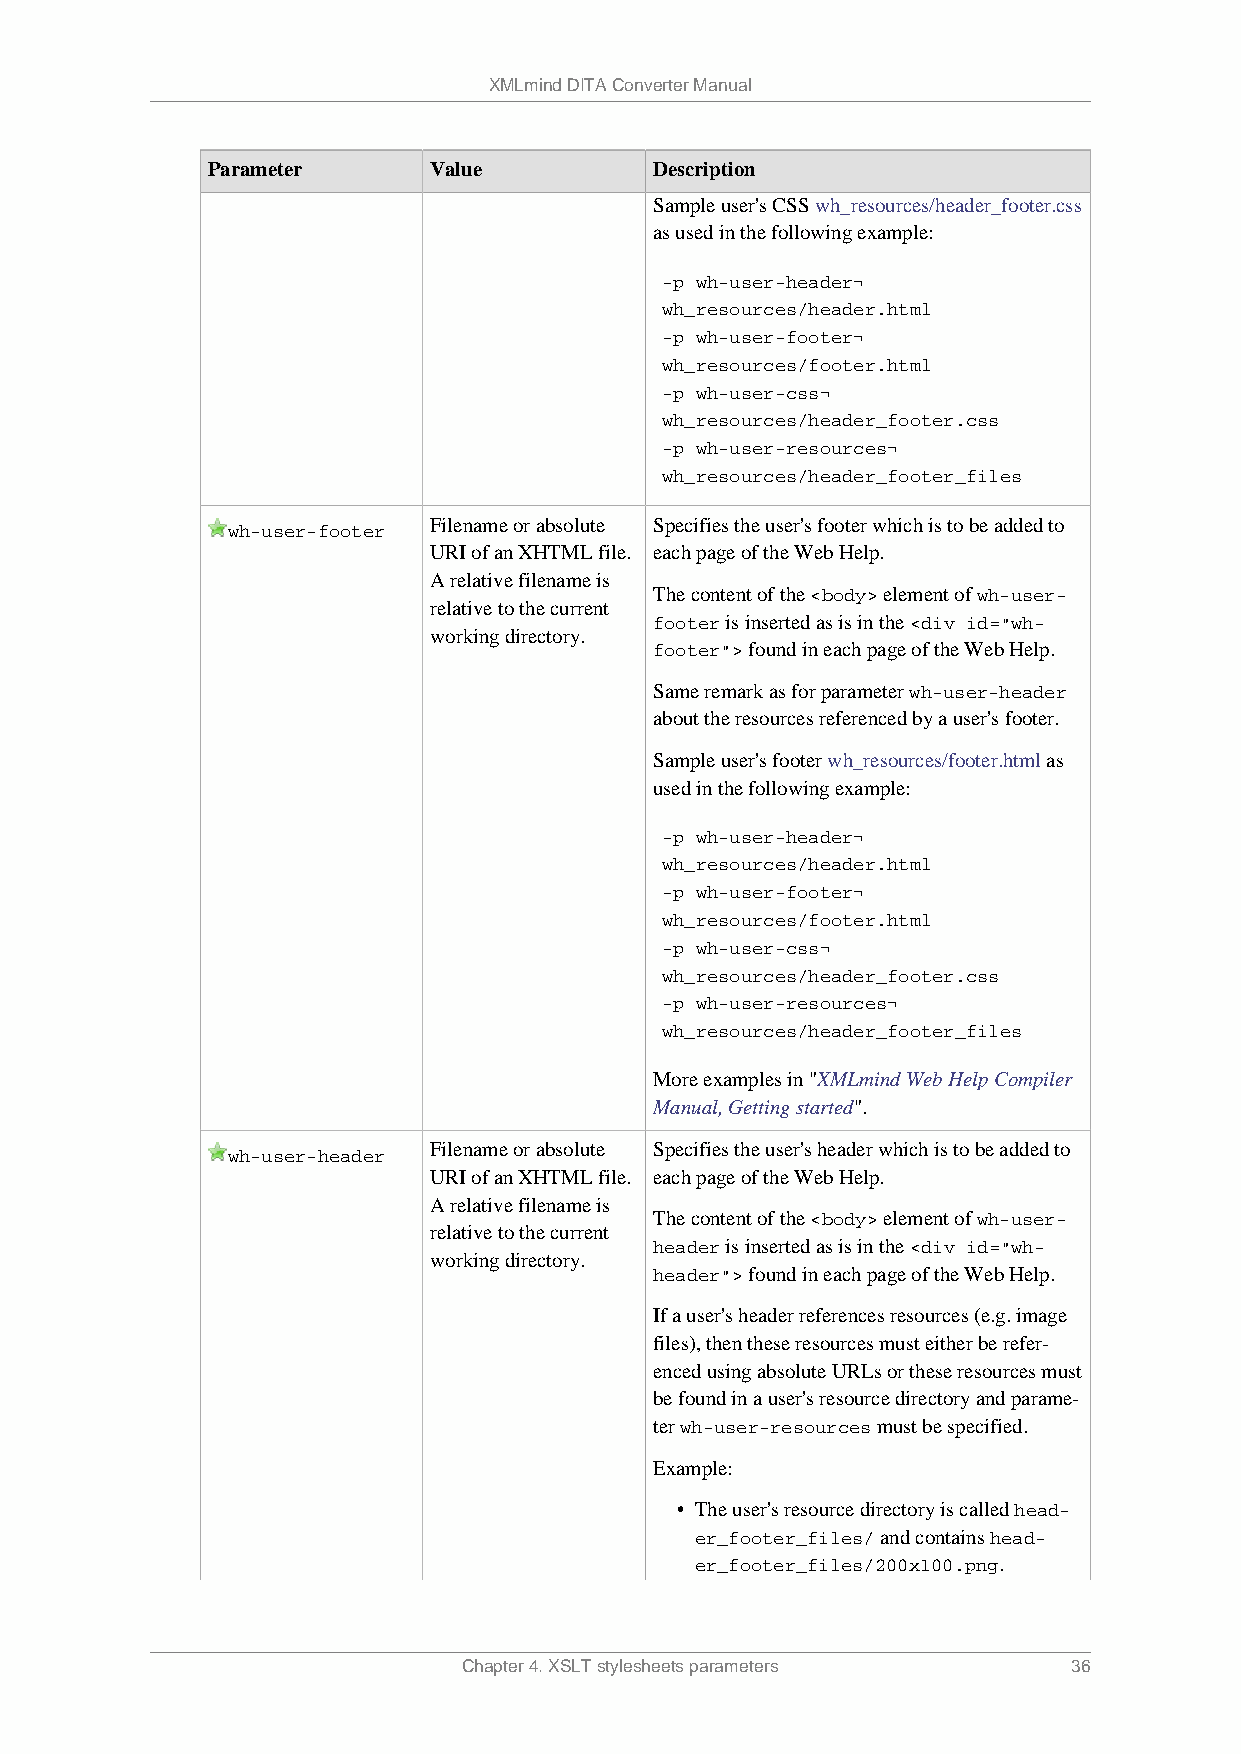
XMLmind DITA Converter Manual
 Parameter     Value          Description
 Sample user's CSS wh_resources/header_footer.css
 as used in the following example:
 -p wh-user-header¬
 wh_resources/header.html
 -p wh-user-footer¬
 wh_resources/footer.html
 -p wh-user-css¬
 wh_resources/header_footer.css
 -p wh-user-resources¬
 wh_resources/header_footer_files
 Filename or absolute Specifies the user's footer which is to be added to
 wh-user-footer
 URI of an XHTML file. each page of the Web Help.
 A relative filename is
 The content of the <body> element of wh-user-
 relative to the current
 footer is inserted as is in the <div id="wh-
 working directory.
 footer"> found in each page of the Web Help.
 Same remark as for parameter wh-user-header
 about the resources referenced by a user's footer.
 Sample user's footer wh_resources/footer.html as
 used in the following example:
 -p wh-user-header¬
 wh_resources/header.html
 -p wh-user-footer¬
 wh_resources/footer.html
 -p wh-user-css¬
 wh_resources/header_footer.css
 -p wh-user-resources¬
 wh_resources/header_footer_files
 More examples in "XMLmind Web Help Compiler
 Manual, Getting started".
 Filename or absolute Specifies the user's header which is to be added to
 wh-user-header
 URI of an XHTML file. each page of the Web Help.
 A relative filename is
 The content of the <body> element of wh-user-
 relative to the current
 header is inserted as is in the <div id="wh-
 working directory.
 header"> found in each page of the Web Help.
 If a user's header references resources (e.g. image
 files), then these resources must either be refer-
 enced using absolute URLs or these resources must
 be found in a user's resource directory and parame-
 ter wh-user-resources must be specified.
 Example:
 • The user's resource directory is called head-
 er_footer_files/ and contains head-
 er_footer_files/200x100.png.
 Chapter 4. XSLT stylesheets parameters  36